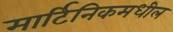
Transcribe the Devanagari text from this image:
मार्टिनिकमधील